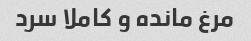
مرغ مانده و کاملا سرد